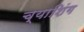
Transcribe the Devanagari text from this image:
च्याशिंग